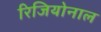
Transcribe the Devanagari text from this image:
रिजियोनाल